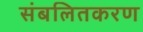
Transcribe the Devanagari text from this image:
संबलितकरण